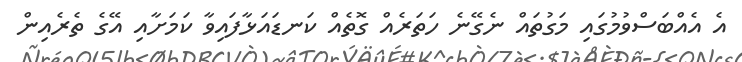
އެ އެއްބަސްވުމުގައި މަގުތައް ނެގޭނެ ހަތަރެއް ގޮތެއް ކަނޑައަޅާފައިވާ ކަމަށާއި އޭގެ ތެރެއިން